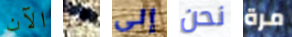
الآن هي إلى نحن مرة